Civil Veterinary Dept. Bombay admin report 1923-31 - 1923-1931
Year: 1923
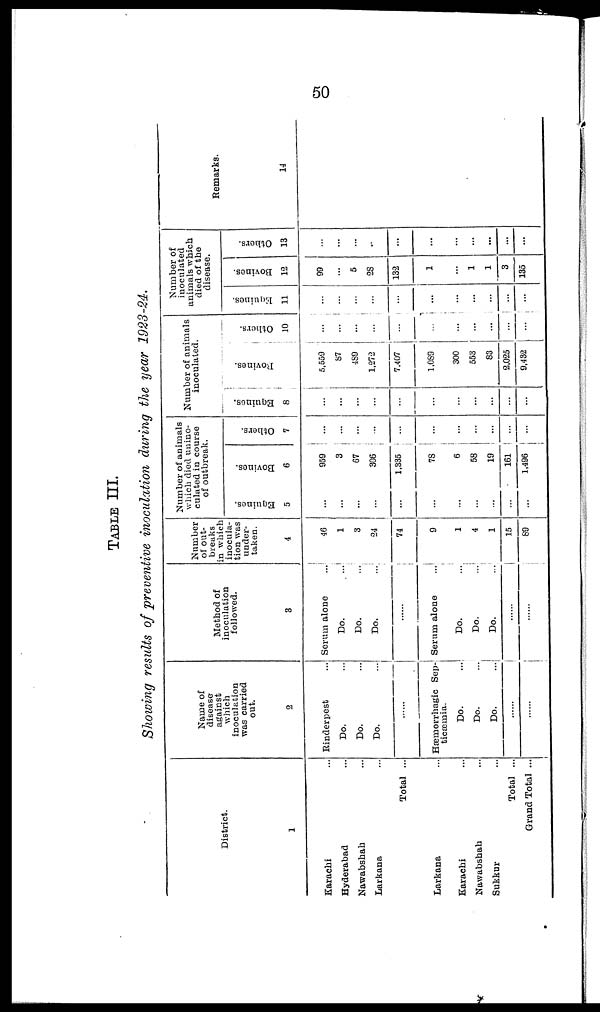
50
TABLE III.
Showing results of preventive inoculation during the year 1923-24.
District.
1
Karachi ...
Hyderabad ...
Nawabshab ...
Larkana ...
Total ...
Larkana ...
Karachi ...
Nawabshab ...
Sukkur ...
Total ...
Grand Total ...
Name of
disease
against
which
inoculation
was carried
out.
9
Rinderpest
Do. ...
Do. ...
Do. ...
Hæmorrhagic Sep-
ticæmia.
Do.
...
Do. ...
Do.
...
......
......
Method of
inoculation
followed.
3
Serum alone
Do.
...
Do. ...
Do. ...
Serum alone
Do. ...
Do.
...
Do. ...
......
Number
of out-
breaks
in which
inocula-
tion was
under-
taken.
4
46
1
3
24
74
9
1
4
1
15
80
Number of animals
which died unino-
culated in course
of outbreak.
Equines.
5
...
...
...
...
...
...
...
...
...
...
...
Bovines.
6
959
3
67
306
1,335
78
6
58
19
161
1,496
Others.
7
...
...
...
...
...
...
...
...
...
...
...
Number of animals
inoculated.
Equines.
8
...
...
...
...
...
...
...
...
...
...
...
Bovines.
5,559
87
489
1,272
7,407
1,089
300
553
83
8.025
9.432
Others.
10
...
...
...
...
...
...
...
...
...
...
...
Number of
inoculated
animals which
died of the
disease.
Equines.
11
...
...
...
...
...
...
...
...
...
...
...
Bovines.
12
99
...
5
28
132
1
...
1
1
3
135
Othors.
13
...
...
...
..
...
...
...
...
...
...
...
Remarks.
14